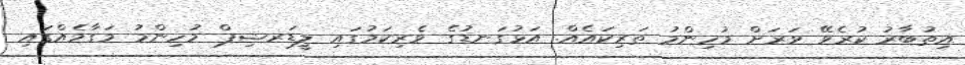
އިތުބާރު ކުރެވޭ ވަރަށް މުހިންމު ތަރިކައެއް. އަޅުގަނޑުގެ ވެރިކަމުގައި ލީޑަރޝިޕް މުހިންމު މަގާމެއްގައި